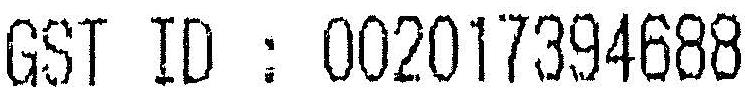
GST ID : 002017394688